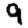
Digit: 9